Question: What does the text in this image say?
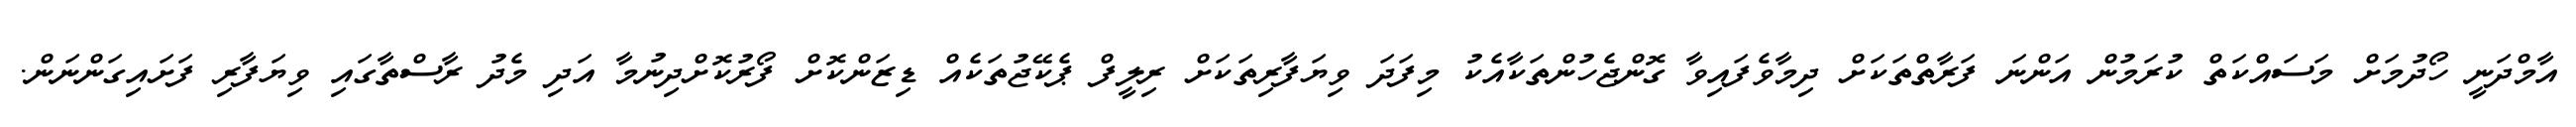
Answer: އާމްދަނީ ހޯދުމަށް މަސައްކަތް ކުރަމުން އަންނަ ފަރާތްތަކަށް ދިމާވެފައިވާ ގޮންޖެހުންތަކާއެކު މިފަދަ ވިޔަފާރިތަކަށް ރިލީފް ޕެކޭޖުތަކެއް ޑިޒަންކޮށް ފޯރުކޮށްދިނުމާ އަދި މެދު ރާސްތާގައި ވިޔަފާރި ފަށައިގަންނަން.